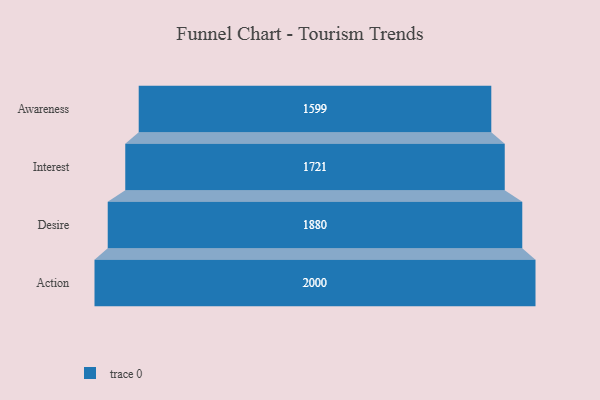
{"axis": {"x": "Stage", "y": "Value"}, "legend": [""], "data": [{"x": "Awareness", "y": 1599.0, "type": ""}, {"x": "Interest", "y": 1721.0, "type": ""}, {"x": "Desire", "y": 1880.0, "type": ""}, {"x": "Action", "y": 2000, "type": ""}]}